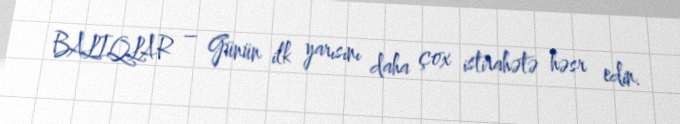
BALIQLAR – Günün ilk yarısını daha çox istirahətə həsr edin.